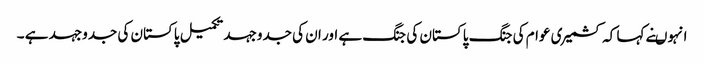
انہوںنے کہا کہ کشمیری عوام کی جنگ پاکستان کی جنگ ہے اور ان کی جدوجہد تکمیل پاکستان کی جدوجہد ہے ۔